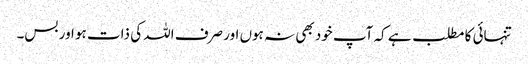
تنہائی کا مطلب ہے کہ آپ خود بھی نہ ہوں اور صرف اللہ کی ذات ہو اور بس۔